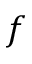
f